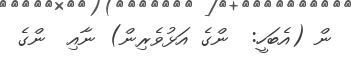
ން (އެބަހީ:  ންގެ އަޅުވެރިން) ނާއި  ންގެ